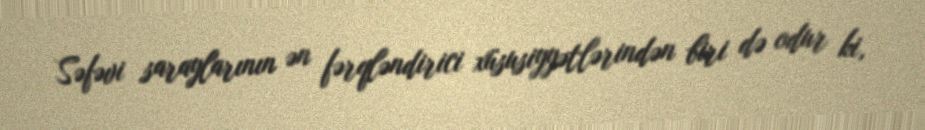
Səfəvi saraylarının ən fərqləndirici xüsusiyyətlərindən biri də odur ki,